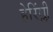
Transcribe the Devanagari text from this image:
हेरिंग्ली